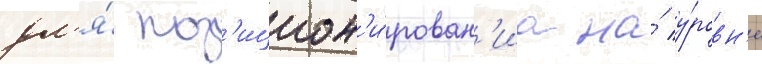
дл'я́ поз'ицион'и́рован'иа на́ у́ровн'е